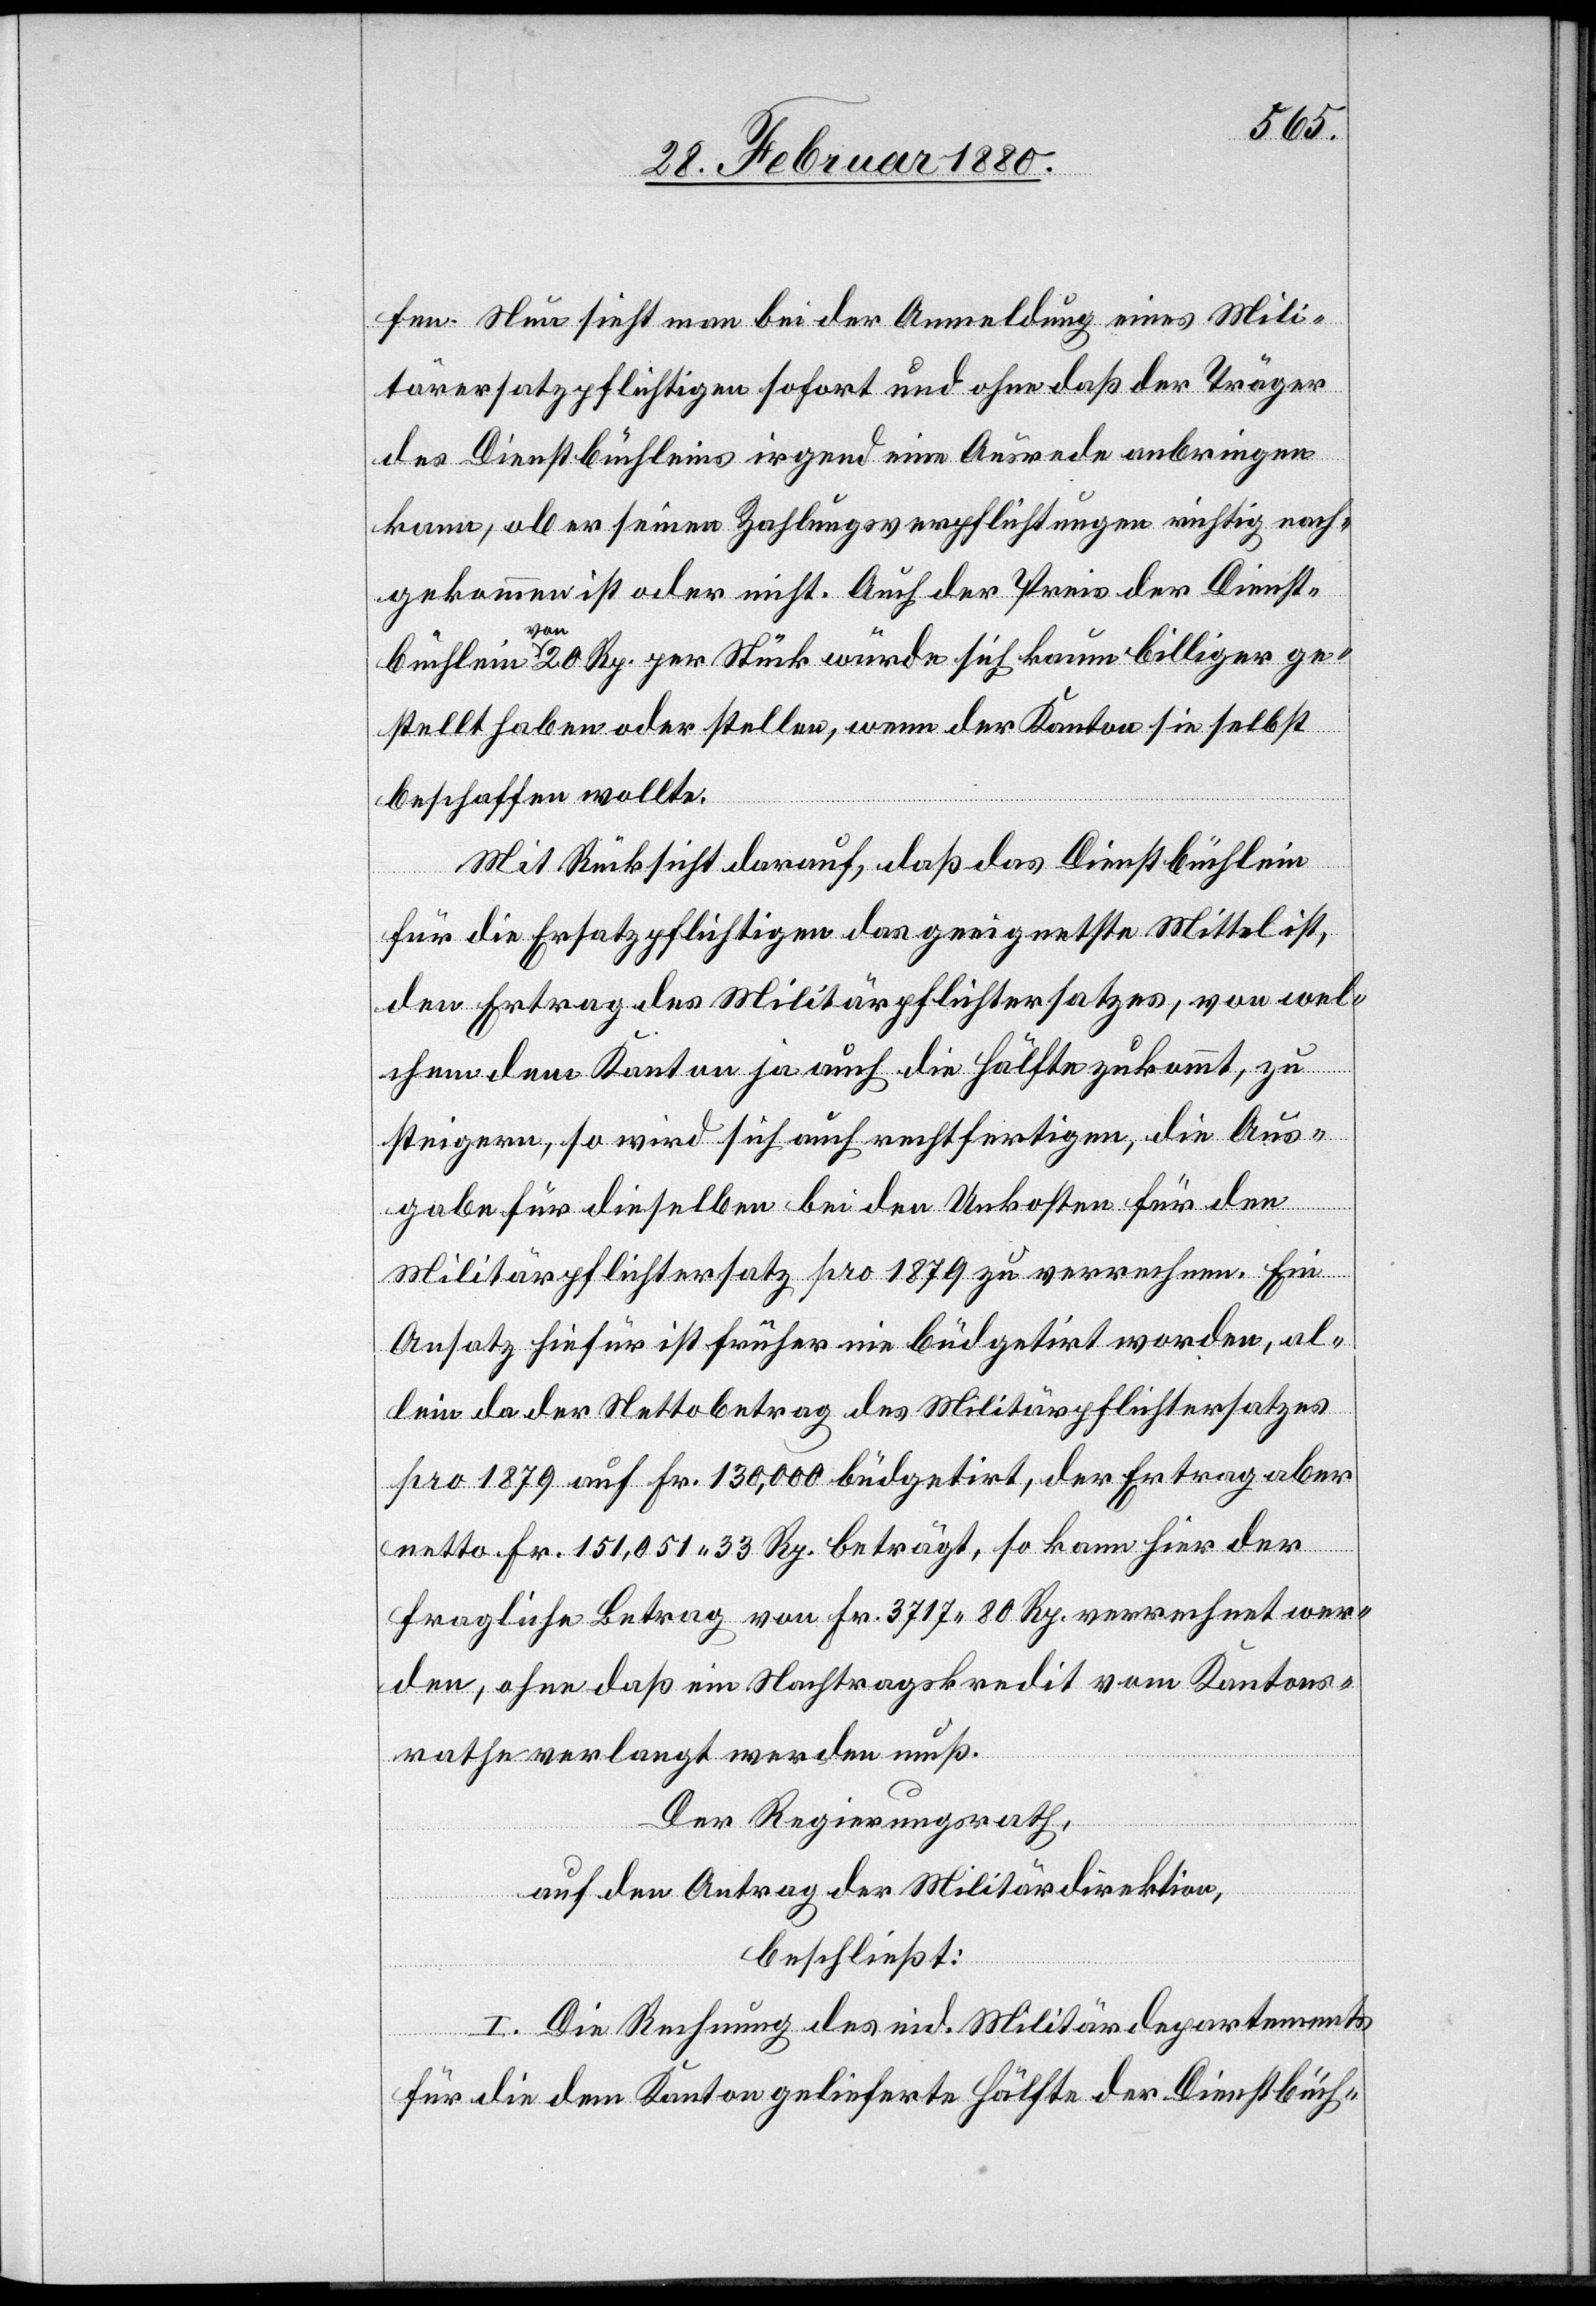
fen. Nun sieht man bei der Anmeldung eines Mili¬
tärersatzpflichtigen sofort und ohne daß der Träger
des Dienstbüchleins irgend eine Ausrede anbringen
kann, ob er seinen Zahlungsverpflichtungen richtig nach¬
gekommen ist oder nicht. Auch der Preis der Dienst¬
büchlein von 20 Rp. per Stück würde sich kaum billiger ge¬
stellt haben oder stellen, wenn der Kanton sie selbst
beschaffen wollte.
Mit Rücksicht darauf, daß das Dienstbüchlein
für die Ersatzpflichtigen das geeignetste Mittel ist,
den Ertrag des Militärpflichtersatzes, von wel¬
chem dem Kanton ja auch die Hälfte zukommt, zu
steigern, so wird sich auch rechtfertigen, die Aus¬
gabe für dieselben bei den Unkosten für den
Militärpflichtersatz pro 1879 zu verrechnen. Ein
Ansatz hiefür ist früher nie büdgetirt worden, al¬
lein da der Nettobetrag des Militärpflichtersatzes
pro 1879 auf Fr. 130, 000 büdgetirt, der Ertrag aber
netto Fr. 151, 051 33 Rp. beträgt, so kann hier der
fragliche Betrag von Fr. 3717 80 Rp. verrechnet wer¬
den, ohne daß ein Nachtragskredit vom Kantons¬
rathe verlangt werden muß.
Der Regierungsrath,
auf den Antrag der Militärdirektion,
beschließt:
I. Die Rechnung des eid. Militärdepartement
für die dem Kanton gelieferte Hälfte der Dienstbüch-